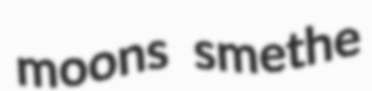
moons smethe